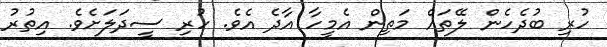
ހުރި ބުދެހެން ލޭތައް މަތިން އެމީހާ އާދެ އެވެ. ހުރި ސީދަލަށެވެ. އިތުރު